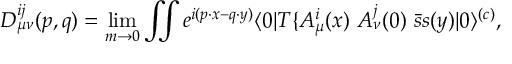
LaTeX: D _ { \mu \nu } ^ { i j } ( p , q ) = \operatorname * { l i m } _ { m \to 0 } \int \! \! \! \int e ^ { i ( p \cdot x - q \cdot y ) } \langle 0 | T \{ A _ { \mu } ^ { i } ( x ) \ A _ { \nu } ^ { j } ( 0 ) \ \bar { s } s ( y ) | 0 \rangle ^ { ( c ) } ,